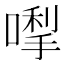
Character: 𭊓